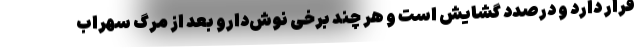
قرار دارد و درصدد گشایش است و هر چند برخی نوش‌دارو بعد از مرگ سهراب